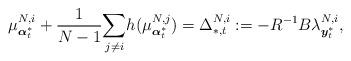
LaTeX: \begin{align*}\mu^{N,i}_{\boldsymbol{\alpha}^*_t}+\frac{1}{N-1}\underset{j\neq i}{\sum}h(\mu^{N,j}_{\boldsymbol{\alpha}^*_t})=\Delta_{*,t}^{N,i}:=-R^{-1}B\lambda^{N,i}_{\boldsymbol{y}_t^{*}},\end{align*}